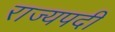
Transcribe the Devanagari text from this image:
राज्यपदी